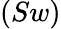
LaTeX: (Sw)